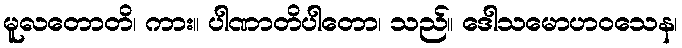
မူလတောတိ၊ ကား။ ပါဏာတိပါတော၊ သည်။ ဒေါသမောဟဝသေန၊